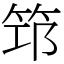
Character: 筇